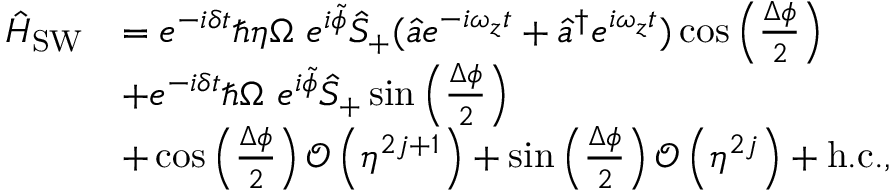
\begin{array} { r l } { \hat { H } _ { \mathrm { S W } } } & { = e ^ { - i \delta t } \hbar \eta \Omega \ e ^ { i \tilde { \phi } } \hat { S } _ { + } ( \hat { a } e ^ { - i \omega _ { z } t } + \hat { a } ^ { \dagger } e ^ { i \omega _ { z } t } ) \cos \left( \frac { \Delta \phi } { 2 } \right) } \\ & { + e ^ { - i \delta t } \hbar \Omega \ e ^ { i \tilde { \phi } } \hat { S } _ { + } \sin \left( \frac { \Delta \phi } { 2 } \right) } \\ & { + \cos \left( \frac { \Delta \phi } { 2 } \right) \mathcal { O } \left( \eta ^ { 2 j + 1 } \right) + \sin \left( \frac { \Delta \phi } { 2 } \right) \mathcal { O } \left( \eta ^ { 2 j } \right) + \mathrm { h . c . } , } \end{array}